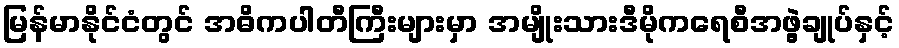
မြန်မာနိုင်ငံတွင် အဓိကပါတီကြီးများမှာ အမျိုးသားဒီမိုကရေစီအဖွဲ့ချုပ်နှင့်